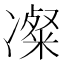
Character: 𫥚